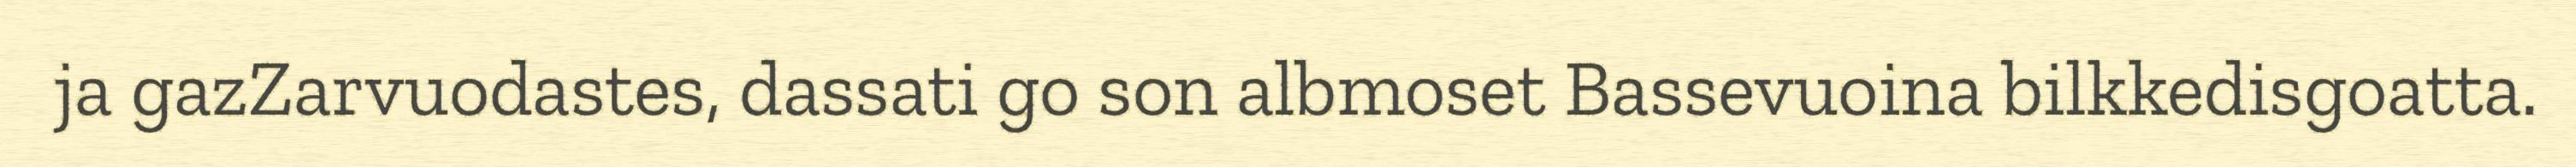
ja gazZarvuodastes, dassati go son albmoset Bassevuoina bilkkedisgoatta.